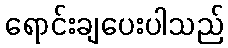
ရောင်းချပေးပါသည်